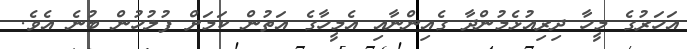
އަހަރުގެ މީހާ ދިރިއުޅެމުންދާ ގެއިންނާއި އެމީހާގެ އަތުން ކަމަށް ފުލުހުން ބުނެ އެވެ.